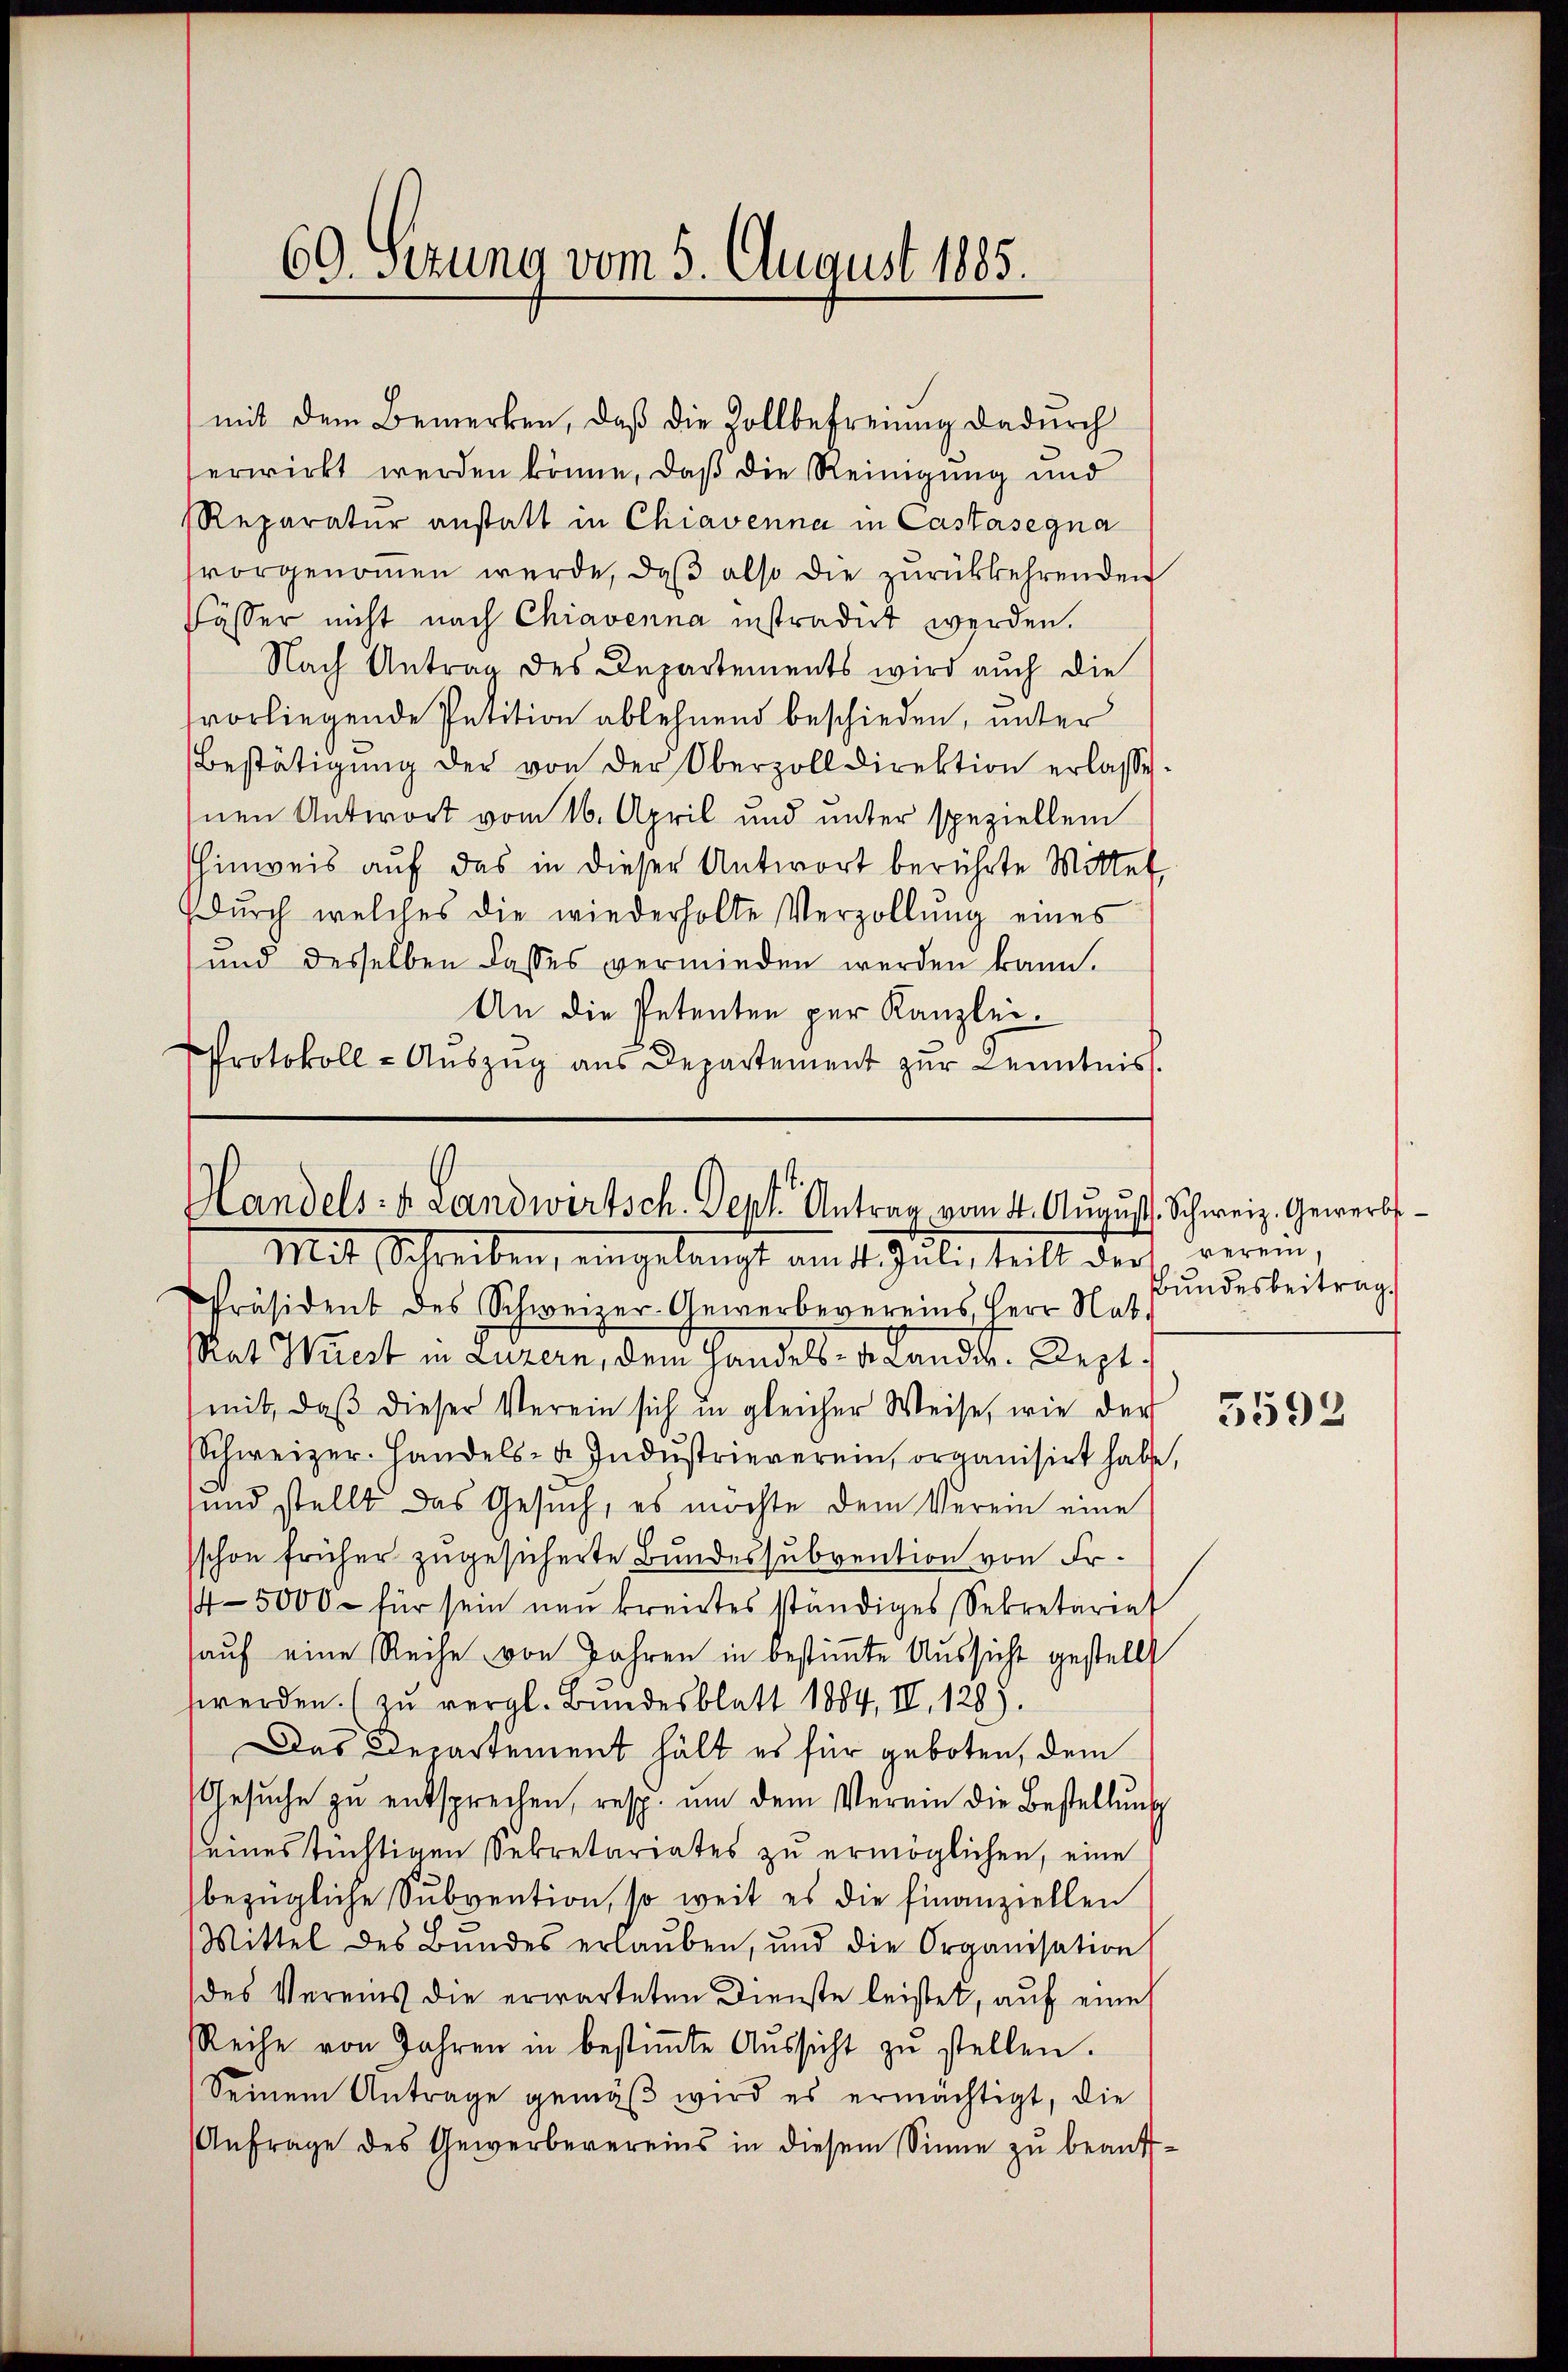
69. Sezung vom 5. August 1885.

mit dem Bemerken, daß die Zollbefreiung dadurch
erwirkt werden könne, daß die Reinigung und
RReparatur anstatt in Chiavenna in Castasegna
vorgenommen werde, daß also die zurückkehrenden
Fässer nicht nach Chiavenna instradirt werden.
Nach Antrag des Departements wird auch die
svorliegende Petition ablehnend beschieden, unter
Bestätigŭng der von der Oberzolldirektion erlasse.
nen Antwort vom 16. April und unter speziellem
hinweis auf das in dieser Antwort berührte Mittel,
Dŭrch welches die wiederholte Verzollŭng eines
und desselben dasses verminden werden kann.
An die Petenten per Kanzlei.
Protokoll - Auszug aus Departement zur Kenntnis.

Handels- u. Landwirtsch. Sept. Antrag vom 4. Aŭgŭst. Schweiz. Gewerbst¬
Mit Schreiben, eingelangt am 14. Juli, teilt der weren,

Präsident des Schweizer-Gewerbevereins, Herr Nat.
Rat. Wüest in Luzern, dem Handels- u. Lander. Deptmit, daß dieser Verein sich in gleicher Weise, wie der
Schweizer-Handels- u. Indŭstrieverein, organisirt habe,
sund stellt das Gesŭch, es möchte dem Verein eine
schon früher zugesicherte Bundessubvention von Fr.
45000 - für sein neŭ kreistes ständiges Sekretariat
auf eine Reihe von Jahren in bestimmte Aussicht gestellt
werden. (zu vergl. Bundesblatt 1884, IV. 128).
Das Departement hält es für geboten, dem
Gesŭche zŭ entsprechen, resp. ŭm dem Verein die Bestellŭng
seines tüchtigen Sekretariates zu ermöglichen, eine
bezügliche Subvention, so weit es die Finanziellen
Mittel des Bŭndes erlaŭben, und die Organisation
des Vereins die erwarteten Dienste leistet, auf eine
Reihe von Jahren in bestiṁte Aŭssicht zŭ stellen.
Seinem Antrage gemäβ wird es ermächtigt, die
Anfrage des Gewerbevereins in diesem Sinne zu beauf¬

BBundesbeitrag.

5592